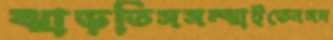
ঝাড়তিসসম্‌ঝাইতেনসদ